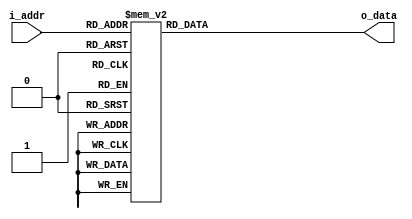

// This rom is used to map the hardware eye monitor phase steps to user expected linear values
// i_addr represents the CRAM input data, and o_data represents the user translation of the phase step
module alt_eyemon_invrom (
  i_addr,
  o_data
);

  input      [5:0] i_addr;
  output reg [5:0] o_data;
  
  always @ (*) begin
    case (i_addr)
      6'b000000: o_data = 6'b101111; // phase step '48' in NPP
      6'b000001: o_data = 6'b101110; // phase step '47' in NPP
      6'b000010: o_data = 6'b101101; // phase step '46' in NPP
      6'b000011: o_data = 6'b101100;
      6'b000100: o_data = 6'b101011;
      6'b000101: o_data = 6'b101010;
      6'b000110: o_data = 6'b101001;
      6'b000111: o_data = 6'b101000;
      6'b001000: o_data = 6'b100111;
      6'b001001: o_data = 6'b100110;
      6'b001010: o_data = 6'b100101;
      6'b001011: o_data = 6'b100100;
      6'b001100: o_data = 6'b100011;
      6'b001101: o_data = 6'b100010;
      6'b001110: o_data = 6'b100001;
      6'b001111: o_data = 6'b100000; // phase step '33' in NPP
      6'b010000: o_data = 6'b010000; // phase step '17' in NPP
      6'b010001: o_data = 6'b010001; // phase step '18' in NPP
      6'b010010: o_data = 6'b010010; // phase step '19' in NPP
      6'b010011: o_data = 6'b010011;
      6'b010100: o_data = 6'b010100;
      6'b010101: o_data = 6'b010101;
      6'b010110: o_data = 6'b010110;
      6'b010111: o_data = 6'b010111;
      6'b011000: o_data = 6'b011000;
      6'b011001: o_data = 6'b011001;
      6'b011010: o_data = 6'b011010;
      6'b011011: o_data = 6'b011011;
      6'b011100: o_data = 6'b011100;
      6'b011101: o_data = 6'b011101;
      6'b011110: o_data = 6'b011110;
      6'b011111: o_data = 6'b011111; // phase step '32' in NPP
      6'b100000: o_data = 6'b110000; // phase step '49' in NPP
      6'b100001: o_data = 6'b110001; // phase step '50' in NPP
      6'b100010: o_data = 6'b110010; // phase step '51' in NPP
      6'b100011: o_data = 6'b110011;
      6'b100100: o_data = 6'b110100;
      6'b100101: o_data = 6'b110101;
      6'b100110: o_data = 6'b110110;
      6'b100111: o_data = 6'b110111;
      6'b101000: o_data = 6'b111000;
      6'b101001: o_data = 6'b111001;
      6'b101010: o_data = 6'b111010;
      6'b101011: o_data = 6'b111011;
      6'b101100: o_data = 6'b111100;
      6'b101101: o_data = 6'b111101;
      6'b101110: o_data = 6'b111110;
      6'b101111: o_data = 6'b111111; // phase step '64' in NPP
      6'b110000: o_data = 6'b001111; // phase step '16' in NPP
      6'b110001: o_data = 6'b001110; // phase step '15' in NPP
      6'b110010: o_data = 6'b001101; // phase step '14' in NPP
      6'b110011: o_data = 6'b001100;
      6'b110100: o_data = 6'b001011;
      6'b110101: o_data = 6'b001010;
      6'b110110: o_data = 6'b001001;
      6'b110111: o_data = 6'b001000;
      6'b111000: o_data = 6'b000111;
      6'b111001: o_data = 6'b000110;
      6'b111010: o_data = 6'b000101;
      6'b111011: o_data = 6'b000100;
      6'b111100: o_data = 6'b000011;
      6'b111101: o_data = 6'b000010;
      6'b111110: o_data = 6'b000001; 
      6'b111111: o_data = 6'b000000; // phase step '1' in NPP
      default:   o_data = 6'b111111; // default to all 1s (maps to phase step '1' in NPP)
    endcase
  end
  
endmodule